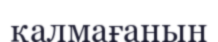
қалмағанын